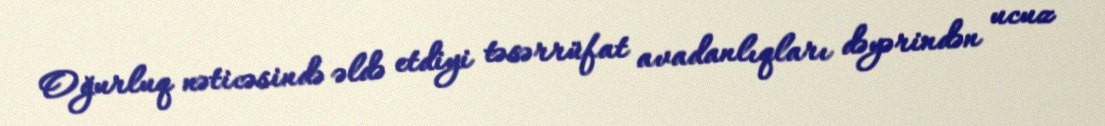
Oğurluq nəticəsində əldə etdiyi təsərrüfat avadanlıqları dəyərindən ucuz